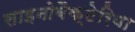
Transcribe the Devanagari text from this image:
साइनोबैक्टेरिया